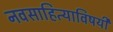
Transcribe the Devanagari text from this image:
नवसाहित्याविषयी